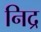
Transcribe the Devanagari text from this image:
निद्र